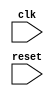
module ethernet_bus_controller (
  input wire clk,
  input wire reset,
  // Add other input and output ports as necessary
);

// Timing control unit
// Add code for timing control unit here

// Synchronization block
// Add code for synchronization block here

// Error detection and correction mechanisms
// Add code for error detection and correction mechanisms here

// You can add other modules and code as necessary

endmodule